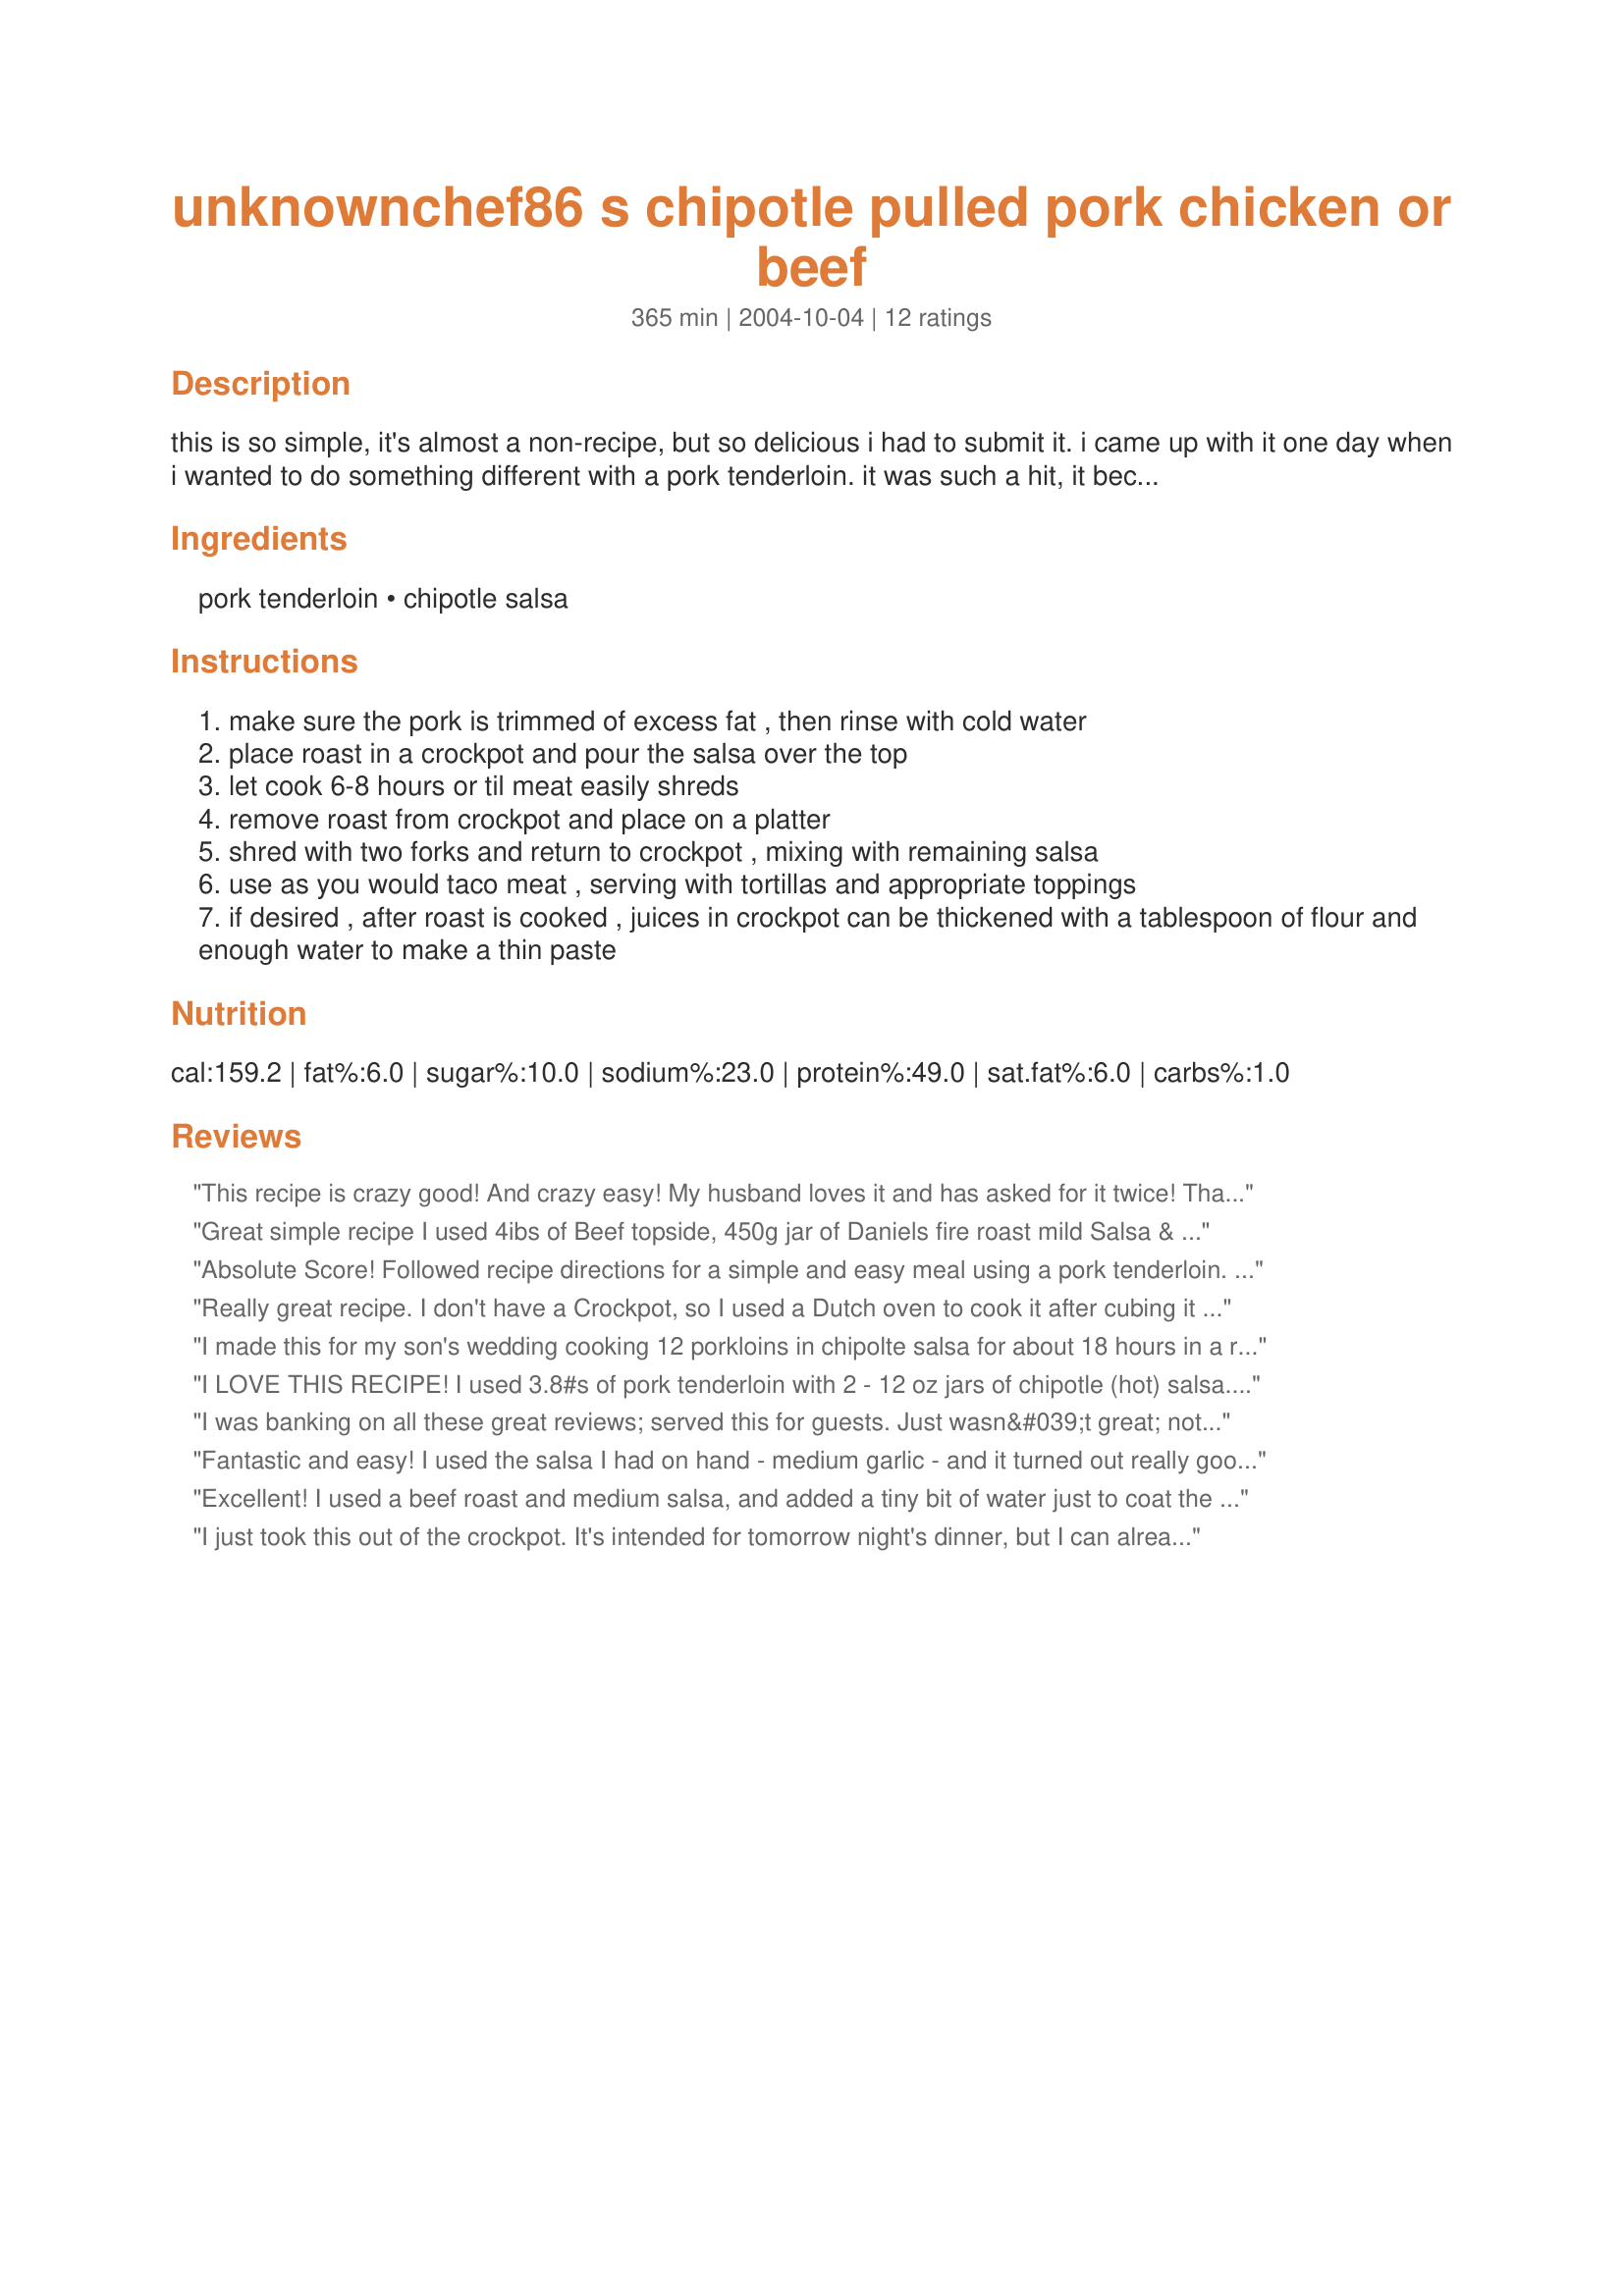
unknownchef86 s chipotle pulled pork chicken or beef
Preparation time: 365 minutes

this is so simple, it's almost a non-recipe, but so delicious i had to submit it. i came up with it one day when i wanted to do something different with a pork tenderloin. it was such a hit, it became a family favorite, replacing the pallid-by-comparison taco meat. it works just as well with boneless chicken or beef. it's very popular at potlucks and get-togethers, also. pork weight is an estimate...i just use a good-sized roast. this is also a good recipe for oamc, as you can cook and shred, then package the meat for later use.

Ingredients:
pork tenderloin, chipotle salsa

Steps:
make sure the pork is trimmed of excess fat , then rinse with cold water
place roast in a crockpot and pour the salsa over the top
let cook 6-8 hours or til meat easily shreds
remove roast from crockpot and place on a platter
shred with two forks and return to crockpot , mixing with remaining salsa
use as you would taco meat , serving with tortillas and appropriate toppings
if desired , after roast is cooked , juices in crockpot can be thickened with a tablespoon of flour and enough water to make a thin paste

Reviews:
This recipe is crazy good! And crazy easy! My husband loves it and has asked for it twice! Thanks for a fantastic, easy & delicious recipe! 5 stars all the way!
Great simple recipe
I used 4ibs of Beef topside, 450g jar of Daniels fire roast mild Salsa & a few drops of Daves Roasted Garlic Hot Sauce, stuck it in the crock pot on low for 9 hours & it was fantastic as a filling in crispy bread rolls Thanks
Absolute Score! Followed recipe directions for a simple and easy meal using a pork tenderloin. The week before I'd made a new enchilada dish and had to throw it out,it was too spicy and hot for us to eat.Fearful that it might be "too" hot again, we nibbled...and we were delighted to find that the cooked tenderloin was fully spiced, and just right for 2 great dinners on 2 different week nights. I will make again, as Hubby bragged to adult sons, and they'd like to try it!
Really great recipe. I don't have a Crockpot, so I used a Dutch oven to cook it after cubing it into two inch pieces. Simmered for an hour, let it sit in the salsa for 20 minutes and it turned out perfectly, (also used the Safeway Chipotle Salsa). Thanks!!
I made this for my son's wedding cooking 12 porkloins in chipolte salsa for about 18 hours in a roasting oven. It was a sensational hit - so easy to do. I'm making it for a friend's July 4 party tonight. Highly recommend it as a crowd pleaser and a nice change from barbeque pork.
I LOVE THIS RECIPE! I used 3.8#s of pork tenderloin with 2 - 12 oz jars of chipotle (hot) salsa. How easy and awesome is that! I am all about easy cooking, especially with a newborn. I started this meal at 5 am when baby boy woke up for his feeding - I was delirious and still able to make this! We used only cilantro as a topping = )
I was banking on all these great reviews; served this for guests. Just wasn&#039;t great; not a lot of flavor. I used a store-brand Chipotle salsa, Wegman&#039;s.
Fantastic and easy! I used the salsa I had on hand - medium garlic - and it turned out really good. I would recommend trimming as much fat as you can out of the pork.
Excellent! I used a beef roast and medium salsa, and added a tiny bit of water just to coat the bottom of the crock. My pot is an older one and I ended up cooking it for about 14 hours (I think it runs at a lower temp than the newer slow cookers). I plan to freeze it in zip lock bags to use later. My only change next time will be to use a more spicy salsa; this time I added hot sauce at the end to spice it up a little. Thanks for posting.
I just took this out of the crockpot. It's intended for tomorrow night's dinner, but I can already tell you it's a winner! nibble, nibble... :) It has a fabulous, fiery flavor and great texture. (None of that 'mushiness' that turns my family off of many slow-cooker recipes.) As promised, it's ridiculously easy and really good! Thanks for sharing, UC86.
I made this recipe exactly as written with no deviations. I just happen to have a jar of Chipotle Salsa from Safeway! It is one of 2 of our favorite salsas. I used the remains of last nights roasted chicken and it turned out deliciously, as you can see from my photos. Husband loved it and cleaned his plate :) I saved the leftovers with my FoodSaver and froze them. I will definitely be making this again. Thanks for an easy and delicious recipe.
So simple & what a great idea! I used what I had on hand - a tequila lime turkey tenderloin and a jar of lime & garlic salsa. So yummy - perfect taco meat!!
